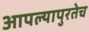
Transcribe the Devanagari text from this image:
आपल्यापुरतेच